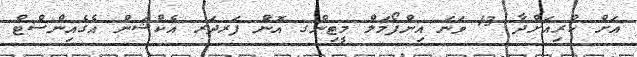
އަށް ކުރިއަށްދާ 13 ވަނަ އިންފޯމަލް މީޓިންގ އޮން ފަރދަރ އެކްޝަން އެގެއިންސްޓް